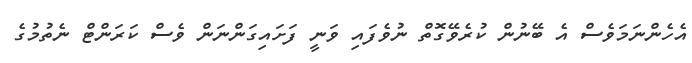
އެހެންނަމަވެސް އެ ބޭނުން ކުރެވޭގޮތް ނުވެފައި ވަނީ ފަށައިގަންނަން ވެސް ކަރަންޓް ނެތުމުގެ